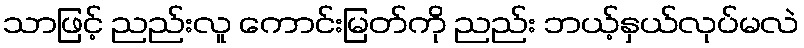
သာဖြင့် ညည်းလူ ကောင်းမြတ်ကို ညည်း ဘယ့်နှယ်လုပ်မလဲ